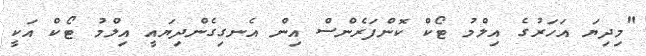
"މިދިޔަ އަހަރުގެ އިލްމު ޓޯކް ކޮންފަރެންސް އިން އެނގިގެންދިޔައީ އިލްމު ޓޯކް އަކީ